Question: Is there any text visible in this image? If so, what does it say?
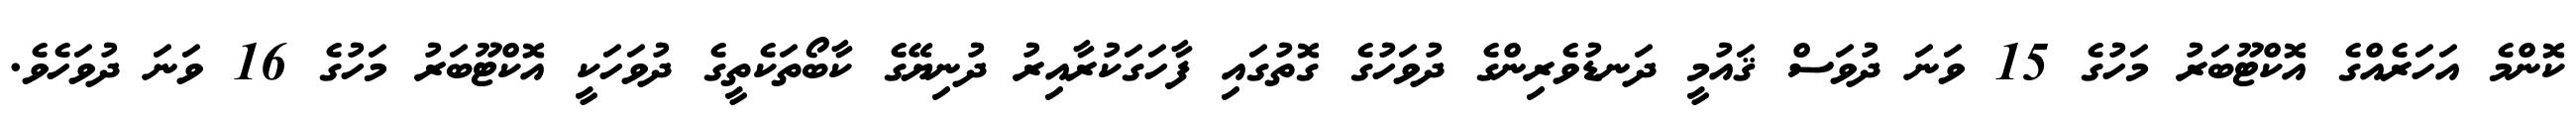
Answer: ކޮންމެ އަހަރެއްގެ އޮކްޓޫބަރު މަހުގެ 15 ވަނަ ދުވަސް ޤައުމީ ދަނޑުވެރިންގެ ދުވަހުގެ ގޮތުގައި ފާހަގަކުރާއިރު ދުނިޔޭގެ ކާބޯތަކެތީގެ ދުވަހަކީ އޮކްޓޫބަރު މަހުގެ 16 ވަނަ ދުވަހެވެ.